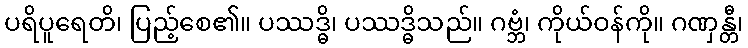
ပရိပူရေတိ၊ ပြည့်စေ၏။ ပဿဒ္ဓိ၊ ပဿဒ္ဓိသည်။ ဂဗ္ဘံ၊ ကိုယ်ဝန်ကို။ ဂဏှန္တီ၊